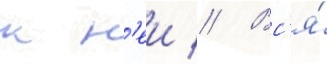
к н'еи // Вс'я́